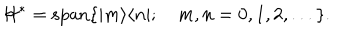
\mathcal { H } ^ { * } = \mathrm { s p a n } \{ | m \rangle \langle n | ; \quad m , n = 0 , 1 , 2 , . . . \} .